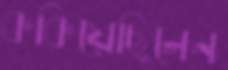
ককিয়েছিলেন